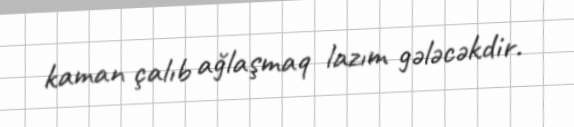
kaman çalıb ağlaşmaq lazım gələcəkdir.